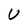
Character: V